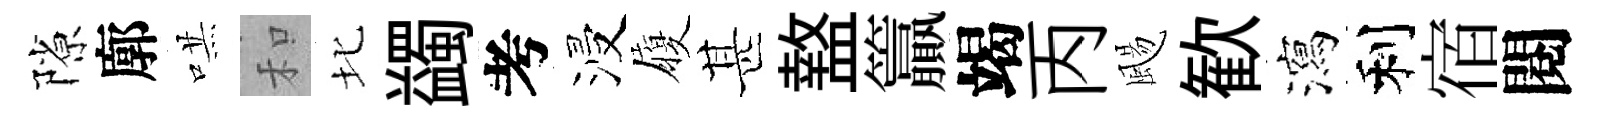
隙廓哄和北蠲考浸履甚盩籯竭丙颺歓瀉利宿閱